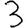
Digit: 3